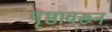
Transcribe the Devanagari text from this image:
पृष्ठावरून